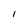
Character: l